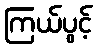
ကြယ်ပွင့်